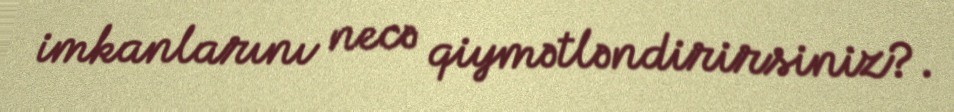
imkanlarını necə qiymətləndirirsiniz?.